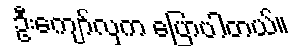
ဦးကျော်လှက ပြောပါတယ်။